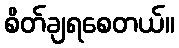
စိတ်ချရစေတယ်။